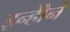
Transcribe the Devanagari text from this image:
इन्होेंने